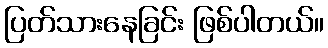
ပြတ်သားနေခြင်း ဖြစ်ပါတယ်။